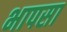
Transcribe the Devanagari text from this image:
भापसा